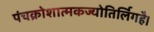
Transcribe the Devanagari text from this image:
पंचक्रोशात्मकज्योतिर्लिगहै।